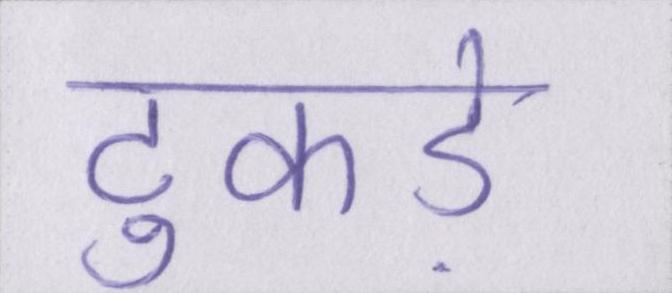
टुकड़े